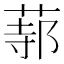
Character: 𦵟